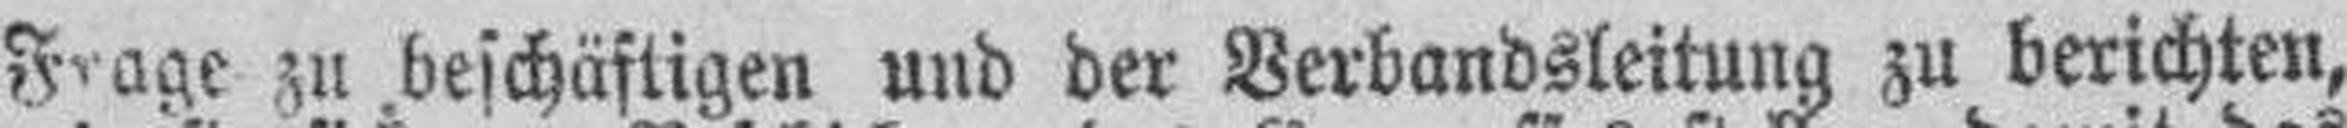
Frage zu beschäftigen und der Verbandsleitung zu berichten,